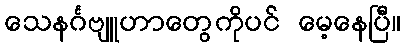
သေနင်္ဂဗျူဟာတွေကိုပင် မေ့နေပြီ။